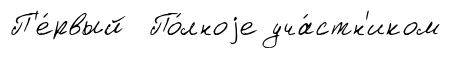
П'е́рвый По́лноjе уча́стн'иком